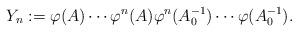
LaTeX: \begin{align*} Y_n : = \varphi (A) \cdots \varphi ^n (A) \varphi ^n (A^{-1}_0) \cdots \varphi (A_0^{-1}). \end{align*}